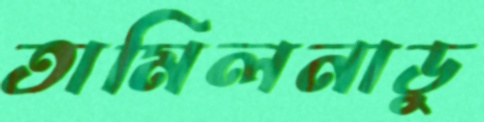
তামিলনাডু